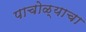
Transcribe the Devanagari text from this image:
पाचोळ्याचा